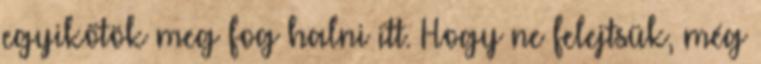
egyikőtök meg fog halni itt. Hogy ne felejtsük, még